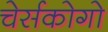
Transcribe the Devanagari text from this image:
चेर्सकोगो